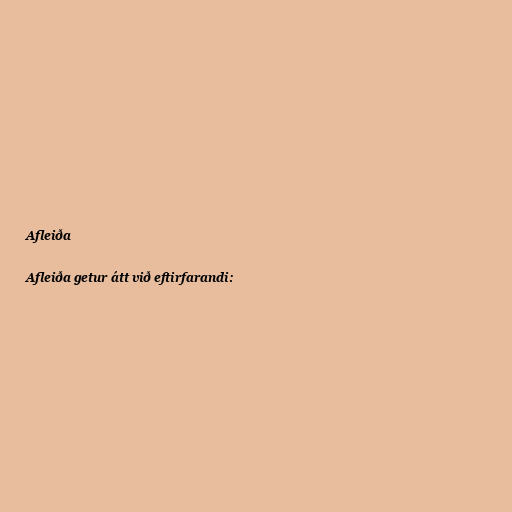
Afleiða

Afleiða getur átt við eftirfarandi: